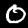
Label: 0